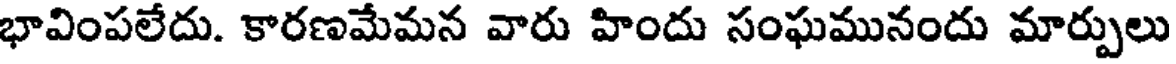
భావింపలేదు. కారణమేమన వారు హిందు సంఘమునందు మార్పులు